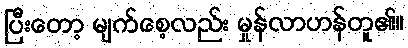
ပြီးတော့ မျက်စေ့လည်း မှုန်လာဟန်တူ၏။